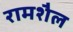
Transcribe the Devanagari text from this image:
रामशैल